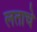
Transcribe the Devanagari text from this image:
लताचे